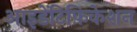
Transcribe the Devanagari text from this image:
आइडेंटिफ़िकेशन